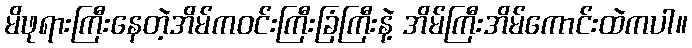
မိဖုရားကြီးနေတဲ့အိမ်ကဝင်းကြီးခြံကြီးနဲ့ အိမ်ကြီးအိမ်ကောင်းထဲကပါ။